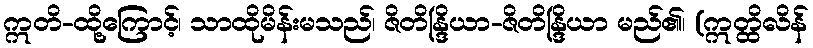
ဣတိ-ထို့ကြောင့်၊ သာထိုမိန်းမသည်၊ ဇိတိန္ဒြိယာ-ဇိတိန္ဒြိယာ မည်၏၊ (ဣတ္ထိလိန်